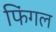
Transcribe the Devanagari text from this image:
फिंगल